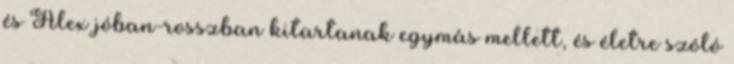
és Alex jóban-rosszban kitartanak egymás mellett, és életre szóló